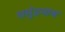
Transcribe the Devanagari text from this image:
समुंद्रनाथ